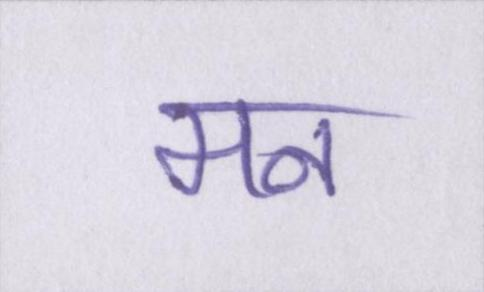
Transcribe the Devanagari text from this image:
मन